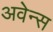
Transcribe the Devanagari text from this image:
अवेन्स